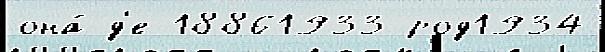
она́ д'е 18861933 род1934